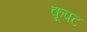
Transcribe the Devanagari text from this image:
कूपट